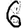
Digit: 6